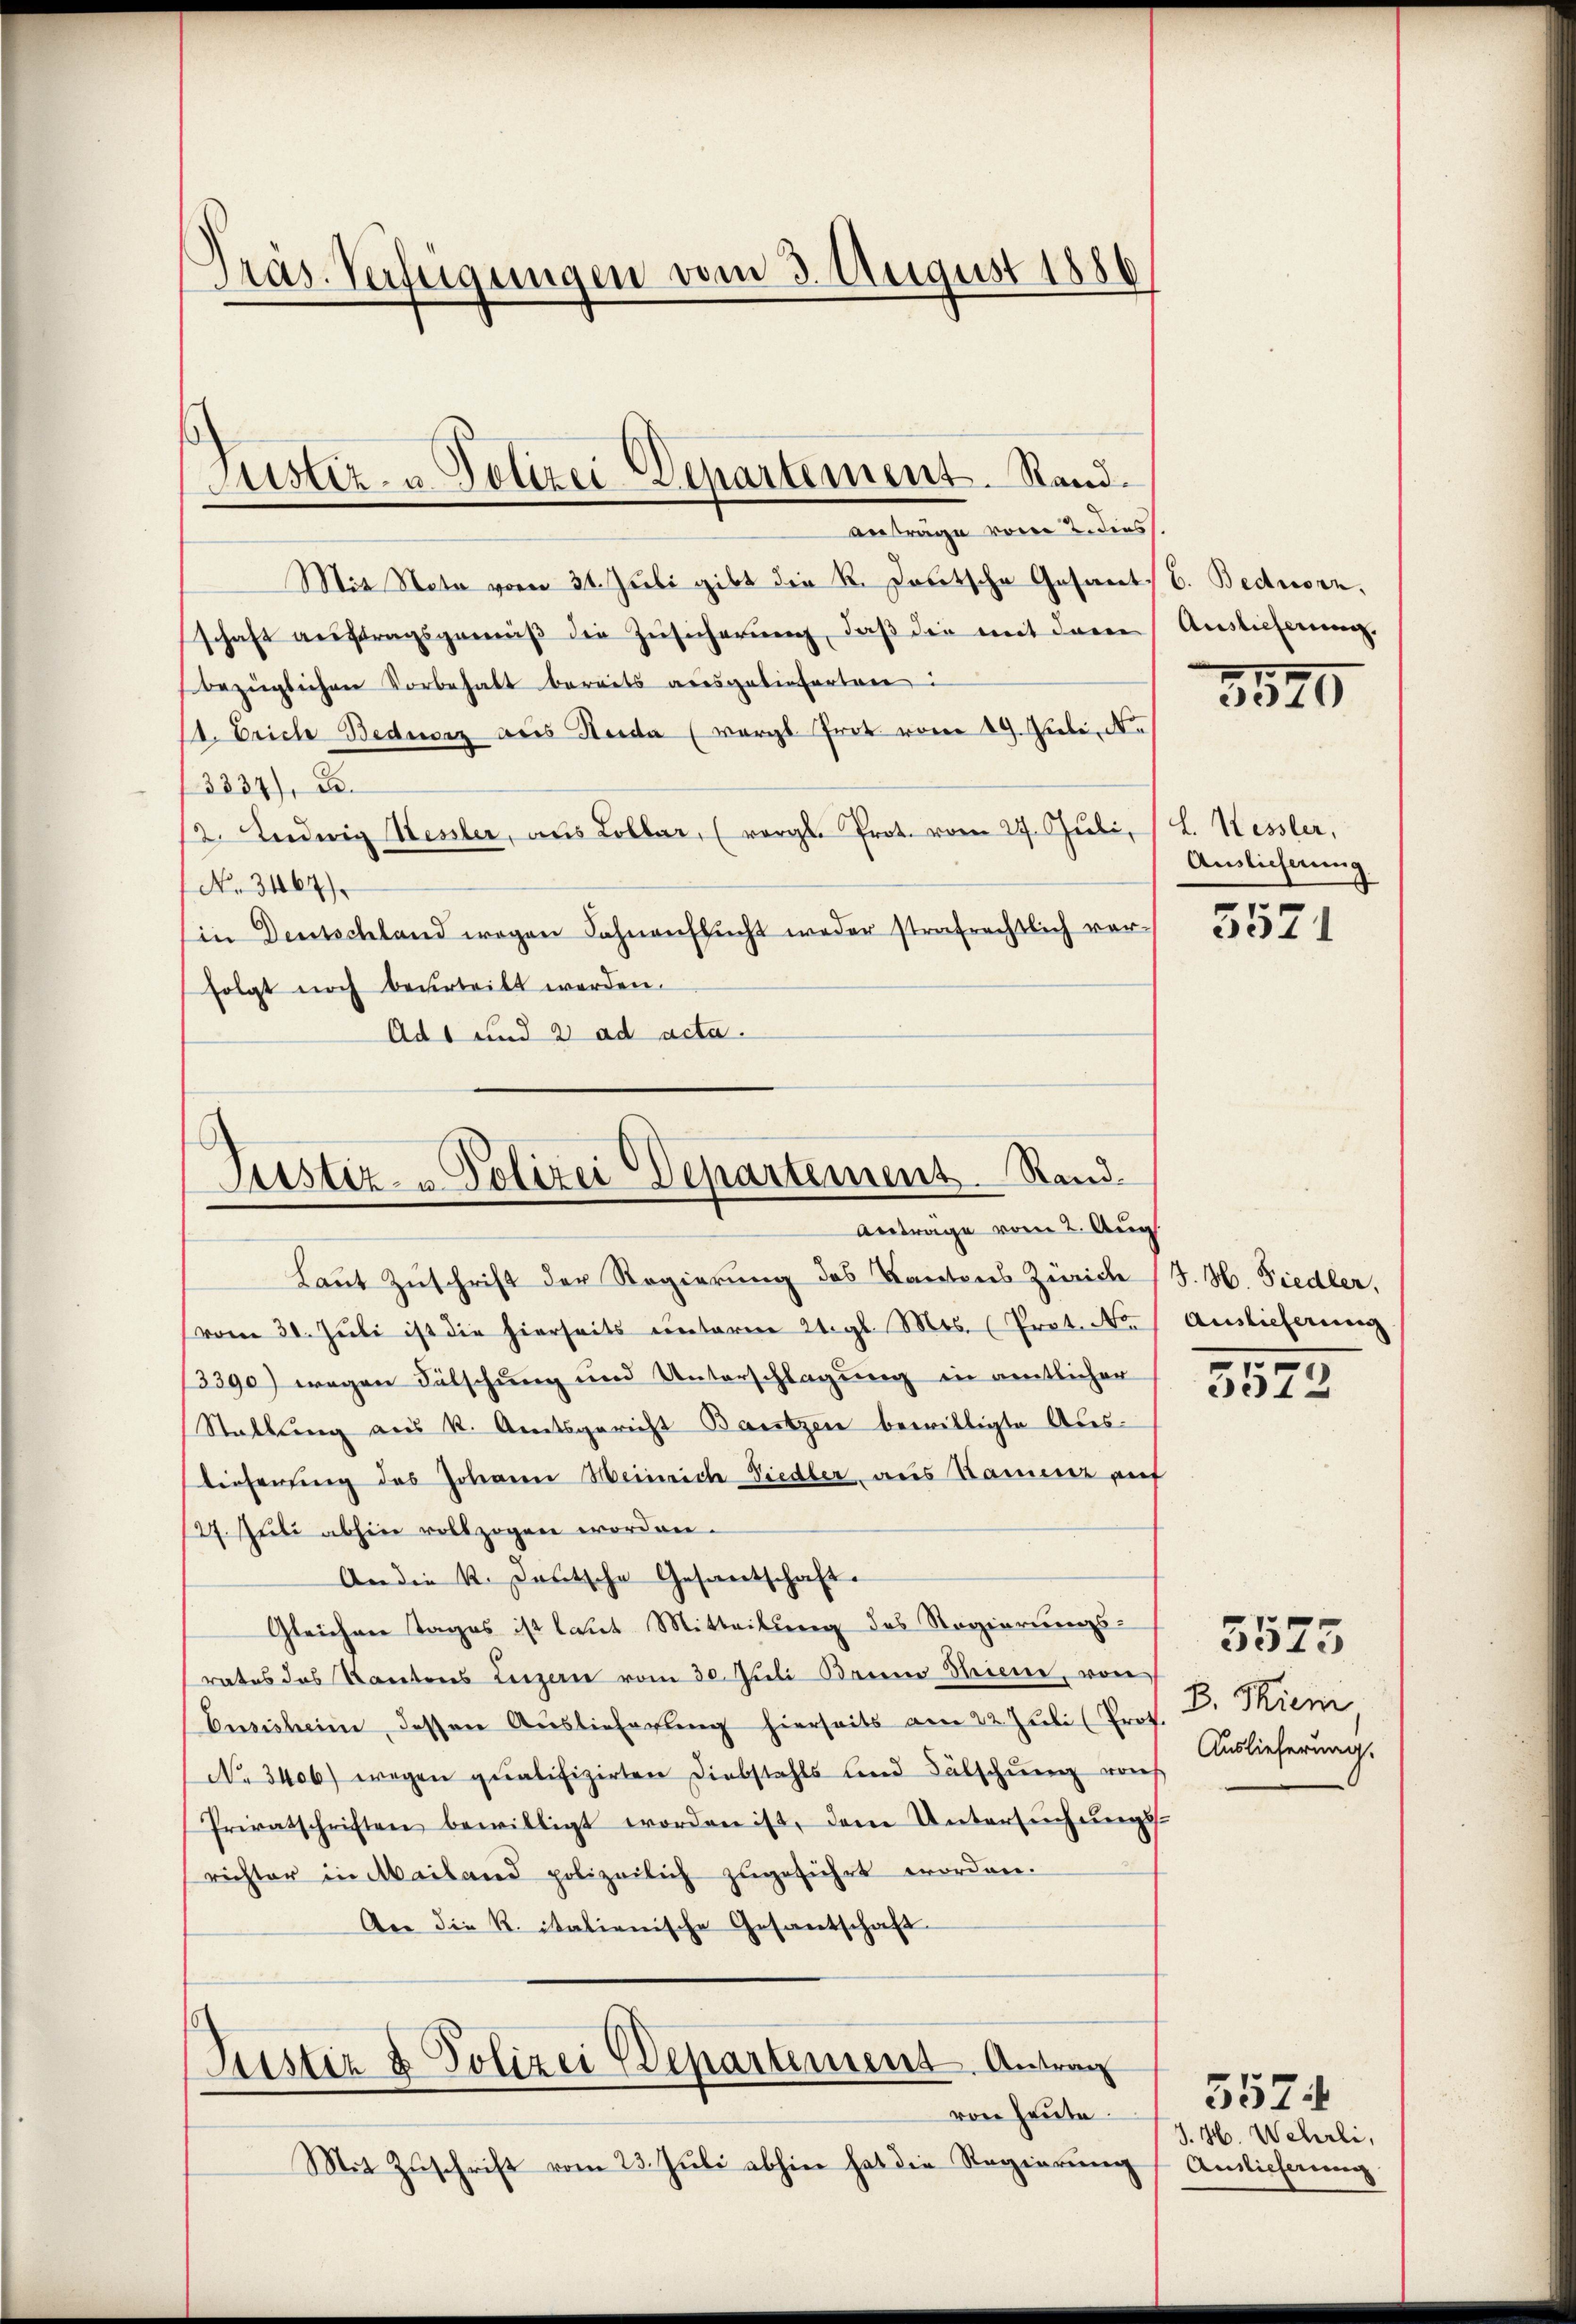
Präs. Verfügungen vom 3. August 1886

Mit Nota vom 31. Juli gibt die R. Postsche Gesant C. Beduorz.
schaft auftragsgemäß die Zusicherung, daß die mit deren Auslieferung.
bezüglichen Vorbehalt bereits ausgelieferten:
14. Erich Bedierz aus Heide (vergl. Prok. von 19. Juli, Ne
3334), S.
12. Ludwig Hessler, aus Lola (vergl. Prot. vom 27. Juli, L. Hessler,
No. 3467)
Ein Deutschland wegen Fahnenflŭcht weder strafrechtlich ver-
folgt noch beurteilt werden.
Ads und 2 ad acta.

Justiz- & Polizei Departement. Rand.
anträge vom 2. dies

s
Justiz- u Polizei Departement. Rand.
Antrage vom 2. Aug.

Laut Zuschrift der Regierung des Kantons Zürich
(vom 30. Juli ist die hierseits unterm 21. gl. Mts. (Prot. No.
13390) wegen Fälschung und Unterschlagung in amtlicher
Stattung aus k. Amtsgericht Bautzen bewilligte Aus-
lieferung des Johannn Heinriche Diedler aus Namen auf
127. Juli abhin vollzogen worden.
An die K. Deutsche Gesantschaft.
Gleichen Tages ist laut Mitteilung des Regierungs-
rates das Kantons Luzern vom 30. Juli Bruno Hiene, von
Enzisheim, dessen Auslieferung hierseits am 22. Juli (Prot
No 3406) wegen qualifizirten Diebstahls und Fälschŭng von
Privatschriften bewilligt worden ist, dem Untersŭchŭngs-
richter in Mailand polizeilich zŭgeführt worden.
An die R. italienische Gesantschaft.
Justiz & Polizei Departement. Antrag
von heute.
Mit Zŭschrift vom 23. Jŭli abhin hat die Regierŭng

5570

Auslieferung.

5571

J. H. Fiedler,
Auslieferung
1

3972

B. Riem
Auslieferung.

5573

J. H. Wehrli,
Auslieferung

5574